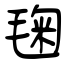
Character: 毱